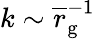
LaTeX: k\sim\overline{r}_{\mathrm{g}}^{-1}